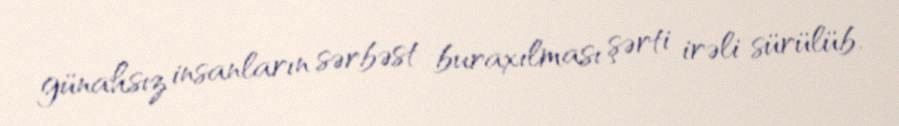
günahsız insanların sərbəst buraxılması şərti irəli sürülüb.